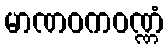
မာဏဝကဝဏ္ဏံ